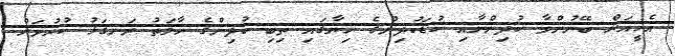
އެހީއަށް ބޭނުންވާ ކުދިންނާއި ކުޑަކުދިންގެ ހިޔާގައި ތިބި ކުދިންގެ ހާލަތު ރަނގަޅު ކުރުމަށް